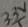
Text: 3.3V